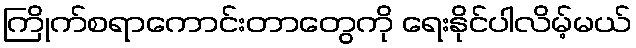
ကြိုက်စရာကောင်းတာတွေကို ရေးနိုင်ပါလိမ့်မယ်